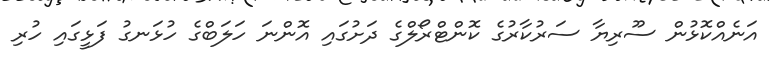
އަނެއްކޮޅުން ސޫރިޔާ ސަރުކާރުގެ ކޮންޓްރޯލްގެ ދަށުގައި އޮންނަ ހަލަބްގެ ހުޅަނގު ފަޅީގައި ހުރި